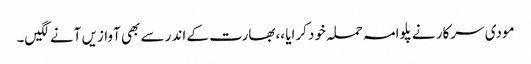
مودی سرکار نے پلوامہ حملہ خود کرایا ،،بھارت کے اندر سے بھی آوازیں آنے لگیں۔